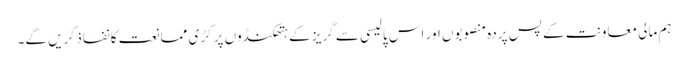
ہم مالی معاونت کے پس پردہ منصوبوں اور اس پالیسی سے گریز کے ہتھکنڈوں پر کڑی ممانعت کا نفاذ کریں گے۔